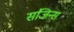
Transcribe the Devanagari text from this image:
संजिन्स